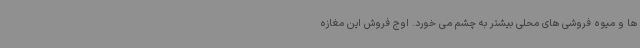
ها و میوه فروشی های محلی بیشتر به چشم می خورد. اوج فروش این مغازه